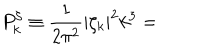
LaTeX: P _ { k } ^ { \zeta } \equiv \frac { 1 } { 2 \pi ^ { 2 } } \left| \zeta _ { k } \right| ^ { 2 } k ^ { 3 } =